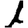
Digit: 1